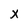
Character: x